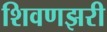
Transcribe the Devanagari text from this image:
शिवणझरी